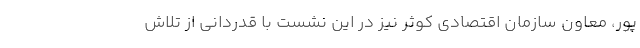
پور، معاون سازمان اقتصادی کوثر نیز در این نشست با قدردانی از تلاش